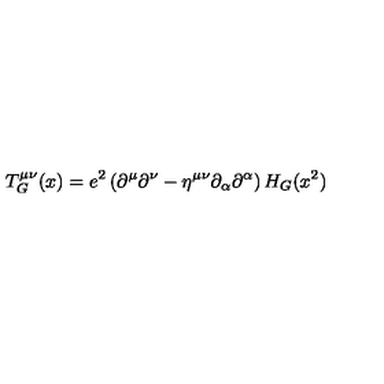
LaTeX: T _ { G } ^ { \mu \nu } ( x ) = e ^ { 2 } \left( \partial ^ { \mu } \partial ^ { \nu } - \eta ^ { \mu \nu } \partial _ { \alpha } \partial ^ { \alpha } \right) H _ { G } ( x ^ { 2 } )